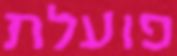
פועלת